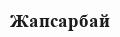
Жапсарбай